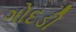
ગોદડી